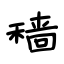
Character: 穑